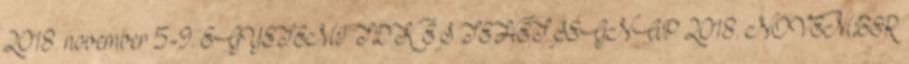
2018. november 5-9. EGYETEMI TDK ÉS TEHETSÉGNAP 2018. NOVEMBER